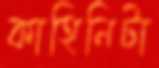
কাহিনিটা